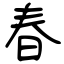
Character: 春